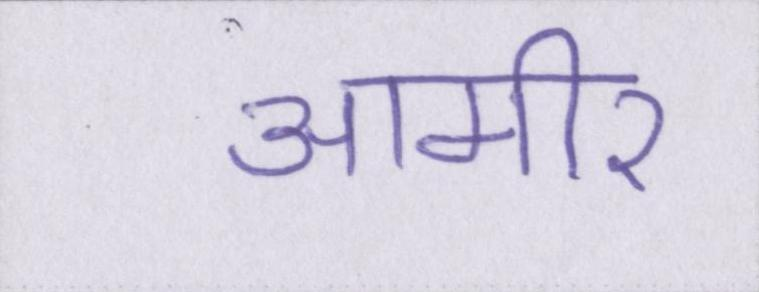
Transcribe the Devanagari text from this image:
आमीर